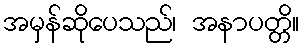
အမှန်ဆိုပေသည်၊ အနာပတ္တိ။